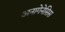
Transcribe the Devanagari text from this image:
अनागेनेसिस